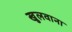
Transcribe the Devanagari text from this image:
खुलवाना